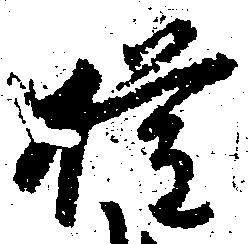
権